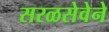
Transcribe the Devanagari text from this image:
सरळसेवेने